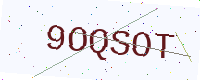
Text: 9OQSOT